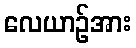
လေယာဉ်အား